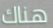
هناك